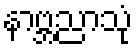
နာဗ္ဘညာသုံ